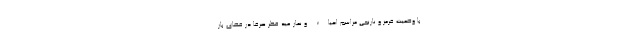
با وضعیت قرمز و نارنجی مراسم احیاء و نماز عید فطر صرفاً در فضای باز